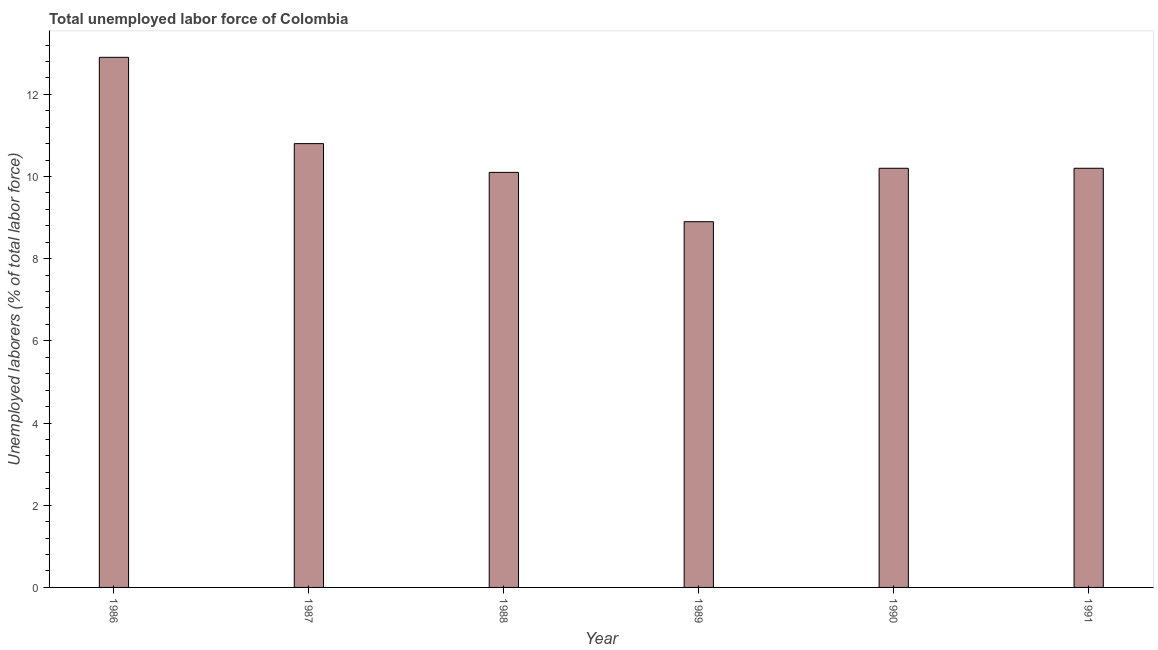
| Year | Unemployment total |
 | --- | --- |
 | 1986 | 12.9 |
 | 1987 | 10.8 |
 | 1988 | 10.1 |
 | 1989 | 8.9 |
 | 1990 | 10.2 |
 | 1991 | 10.2 |